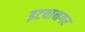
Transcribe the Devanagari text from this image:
इटवानगर